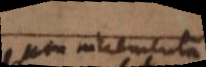
non incrementa